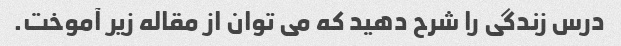
درس زندگی را شرح دهید که می توان از مقاله زیر آموخت.